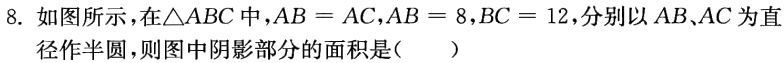
8. 如图所示，在\(\triangle ABC\)中，\(AB = AC\)，\(AB = 8\)，\(BC = 12\)，分别以\(AB、AC\)为直径作半圆，则图中阴影部分的面积是（  ）